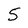
Character: 5